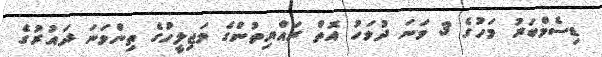
ޑިސެމްބަރު މަހުގެ 3 ވަނަ ދުވަހު އޮތް ރައްޔިތުންގެ މަޖިލީހުގެ ތިންވަނަ ދައުރުގެ